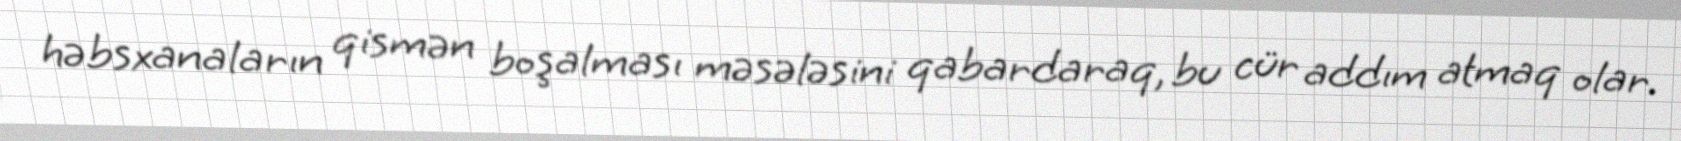
həbsxanaların qismən boşalması məsələsini qabardaraq, bu cür addım atmaq olar.